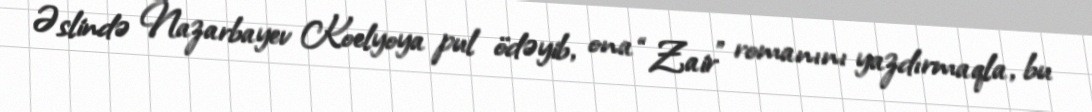
Əslində Nazarbayev Koelyoya pul ödəyib, ona “Zair” romanını yazdırmaqla, bu